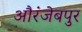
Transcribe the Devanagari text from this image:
औरंजेबपुर